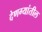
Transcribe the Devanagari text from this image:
देणग्यांतील